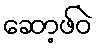
ဆော့ဖ်ဝဲ